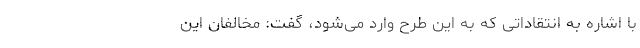
با اشاره به انتقاداتی که به این طرح وارد می‌شود، گفت: مخالفان این